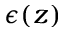
\epsilon ( z )